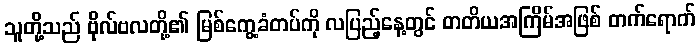
သူတို့သည် ဗိုလ်ဗလတို့၏ မြစ်ကွေ့ခံတပ်ကို လပြည့်နေ့တွင် တတိယအကြိမ်အဖြစ် တက်ရောက်